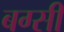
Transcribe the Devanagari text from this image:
बग्सी